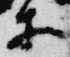
等